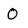
Character: 0